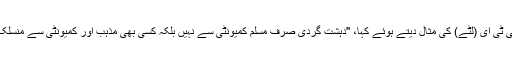
انہوں نے ایل ٹی ٹی ای (لٹےّ) کی مثال دیتے ہوئے کہا، "دہشت گردی صرف مسلم کمیونٹی سے نہیں بلکہ کسی بھی مذہب اور کمیونٹی سے منسلک ہو سکتی ہے۔